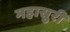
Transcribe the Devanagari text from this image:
महासुरी